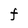
Character: F